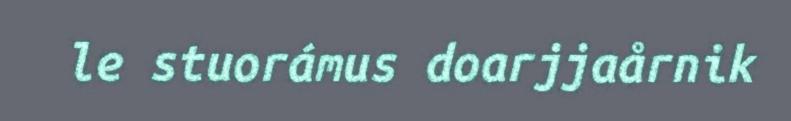
le stuorámus doarjjaårnik